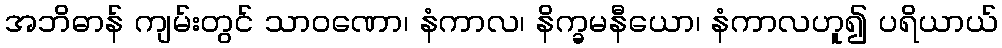
အဘိဓာန် ကျမ်းတွင် သာဝဏော၊ နံကာလ၊ နိက္ခမနီယော၊ နံကာလဟူ၍ ပရိယာယ်